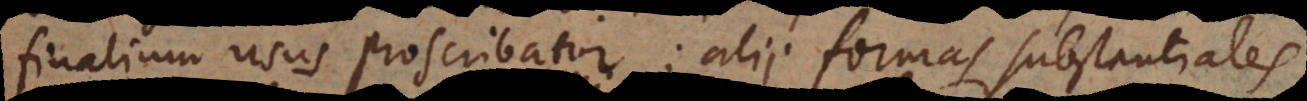
finalium usus proscribatur; alii formas substantiales